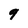
Character: 9